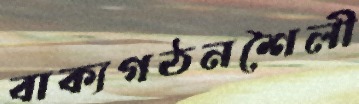
বাক্যগঠনশৈলী